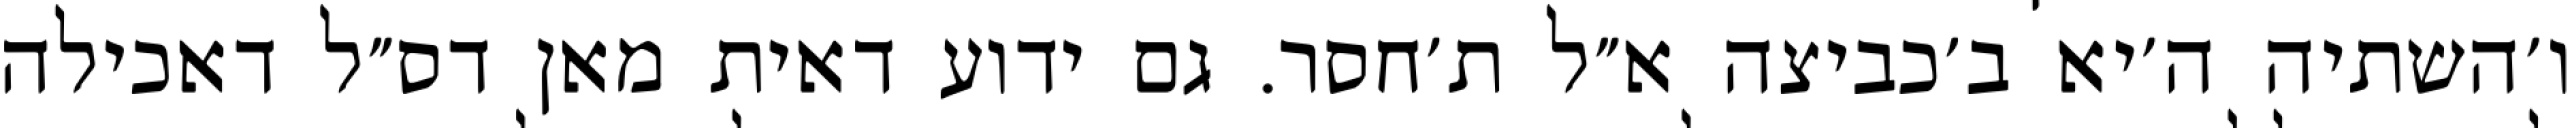
ו׳השתיה ה׳יא ב׳כביצה א״ל ת׳חסר. גם ידוע דאית מאן דס״ל דאכילה